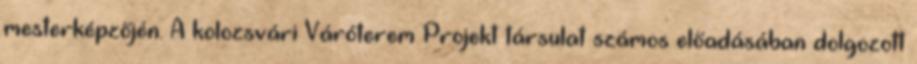
mesterképzőjén. A kolozsvári Váróterem Projekt társulat számos előadásában dolgozott